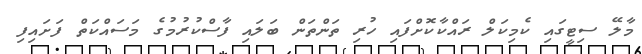
މާލޭ ސިޓީގައި ކެމިކަލް ރައްކާކޮށްފައި ހުރި ތަންތަން ބަލައި ފާސްކުރުމުގެ މަސައްކަތް ފަށައިފި